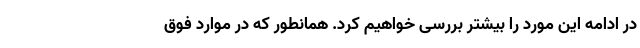
در ادامه این مورد را بیشتر بررسی خواهیم کرد. همانطور که در موارد فوق